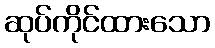
ဆုပ်ကိုင်ထားသော